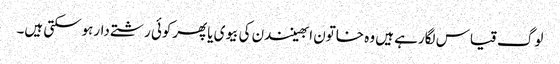
لوگ قیاس لگارہے ہیں وہ خاتون ابھینندن کی بیوی یاپھرکوئی رشتے دارہوسکتی ہیں۔